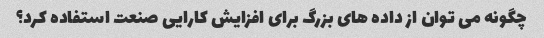
چگونه می توان از داده های بزرگ برای افزایش کارایی صنعت استفاده کرد؟